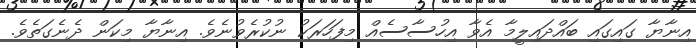
އިނާޔާ ގައިގައި ބައްދައިލީމާ އެވާ އިހުސާސެއް މިފަހަރަކު ނުކުރެވުނެވެ. އިނާޔާ މިކަން ދެނެގަތެވެ.